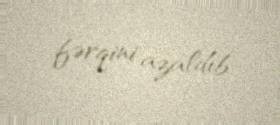
fərqini azaldıb.